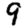
Digit: 9